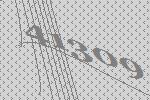
41309